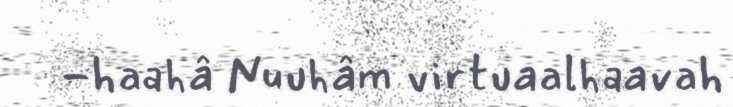
-haahâ Nuuhâm virtuaalhaavah